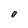
Character: O